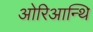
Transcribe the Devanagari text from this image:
ओरिआन्थि